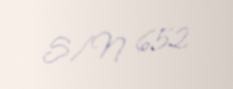
S/N 652